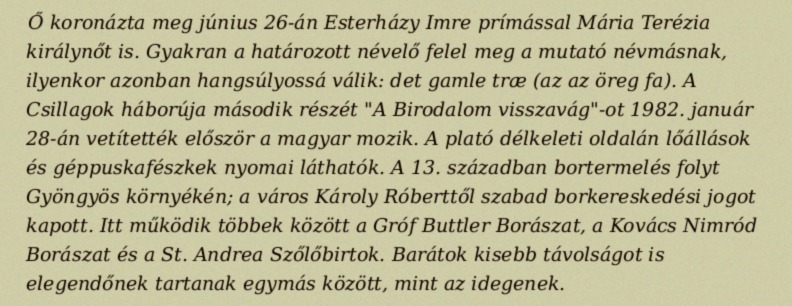
Ő koronázta meg június 26-án Esterházy Imre prímással Mária Terézia királynőt is. Gyakran a határozott névelő felel meg a mutató névmásnak, ilyenkor azonban hangsúlyossá válik: det gamle træ (az az öreg fa). A Csillagok háborúja második részét "A Birodalom visszavág"-ot 1982. január 28-án vetítették először a magyar mozik. A plató délkeleti oldalán lőállások és géppuskafészkek nyomai láthatók. A 13. században bortermelés folyt Gyöngyös környékén; a város Károly Róberttől szabad borkereskedési jogot kapott. Itt működik többek között a Gróf Buttler Borászat, a Kovács Nimród Borászat és a St. Andrea Szőlőbirtok. Barátok kisebb távolságot is elegendőnek tartanak egymás között, mint az idegenek.